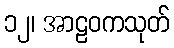
၁၂၊ အာဠဝကသုတ်